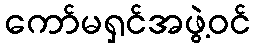
ကော်မရှင်အဖွဲ့ဝင်